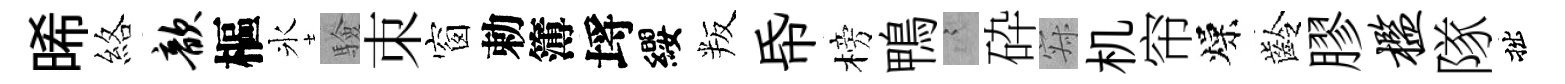
晞絡歆樞氷驗朿窗勅簿埓纓叛帋榜鴨謭砕寂机帘燥齡膠槛隊拙